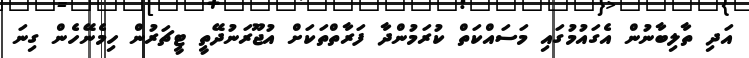
އަދި ތާލިބާނުން އެގައުމުގައި މަސައްކަތް ކުރަމުންދާ ފަރާތްތަކަށް އުޖޫރަނުދޭތީ ޓީޗަރުން ހިމެނޭހެން ގިނަ